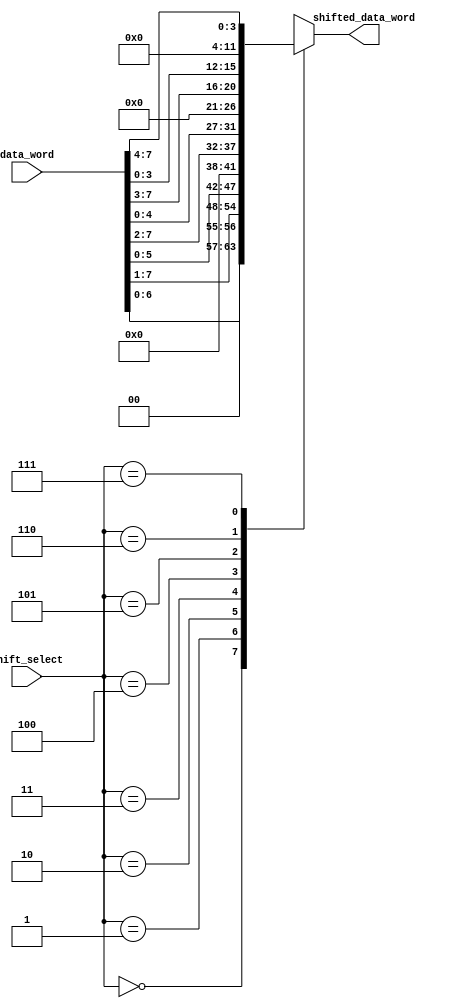
module Circular_Barrel_Shifter (
    input [7:0] data_word, // Input data word
    input [2:0] shift_select, // Shift amount control
    output reg [7:0] shifted_data_word // Output shifted data word
);

always @(*) begin
    case(shift_select)
        3'b000: shifted_data_word = data_word << 1; // Shift left by 1
        3'b001: shifted_data_word = data_word >> 1; // Shift right by 1
        3'b010: shifted_data_word = data_word << 2; // Shift left by 2
        3'b011: shifted_data_word = data_word >> 2; // Shift right by 2
        3'b100: shifted_data_word = data_word << 3; // Shift left by 3
        3'b101: shifted_data_word = data_word >> 3; // Shift right by 3
        3'b110: shifted_data_word = data_word << 4; // Shift left by 4
        3'b111: shifted_data_word = data_word >> 4; // Shift right by 4
    endcase
end

endmodule